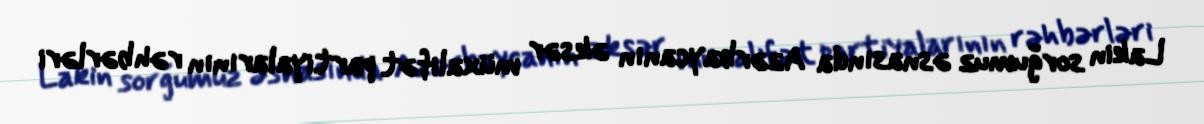
Lakin sorğumuz əsnasında Azərbaycanın əksər müxalifət partiyalarının rəhbərləri